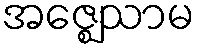
အဇ္ဈေသာမ